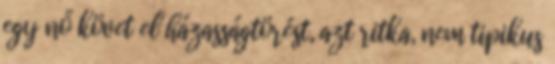
egy nő követ el házasságtörést, azt ritka, nem tipikus